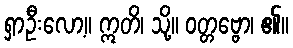
ရှာဦးလော့။ ဣတိ၊ သို့။ ဝတ္တဗ္ဗော၊ ၏။